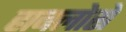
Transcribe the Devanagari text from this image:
हाबलोसे